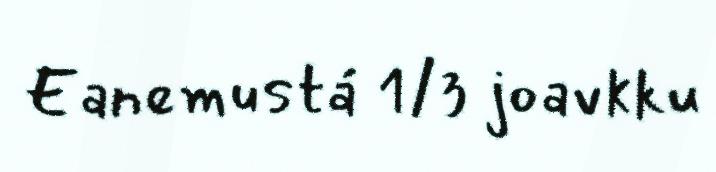
Eanemustá 1/3 joavkku